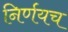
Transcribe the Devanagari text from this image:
निर्णयच